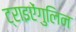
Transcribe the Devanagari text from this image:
ट्राइऐंगुलिन